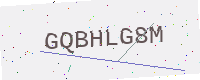
Text: GQBHLG8M